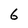
Character: 6